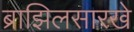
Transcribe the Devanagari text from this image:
ब्राझिलसारखे